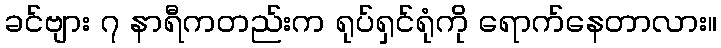
ခင်ဗျား ၇ နာရီကတည်းက ရုပ်ရှင်ရုံကို ရောက်နေတာလား။